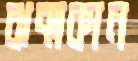
ঝক্‌মকান